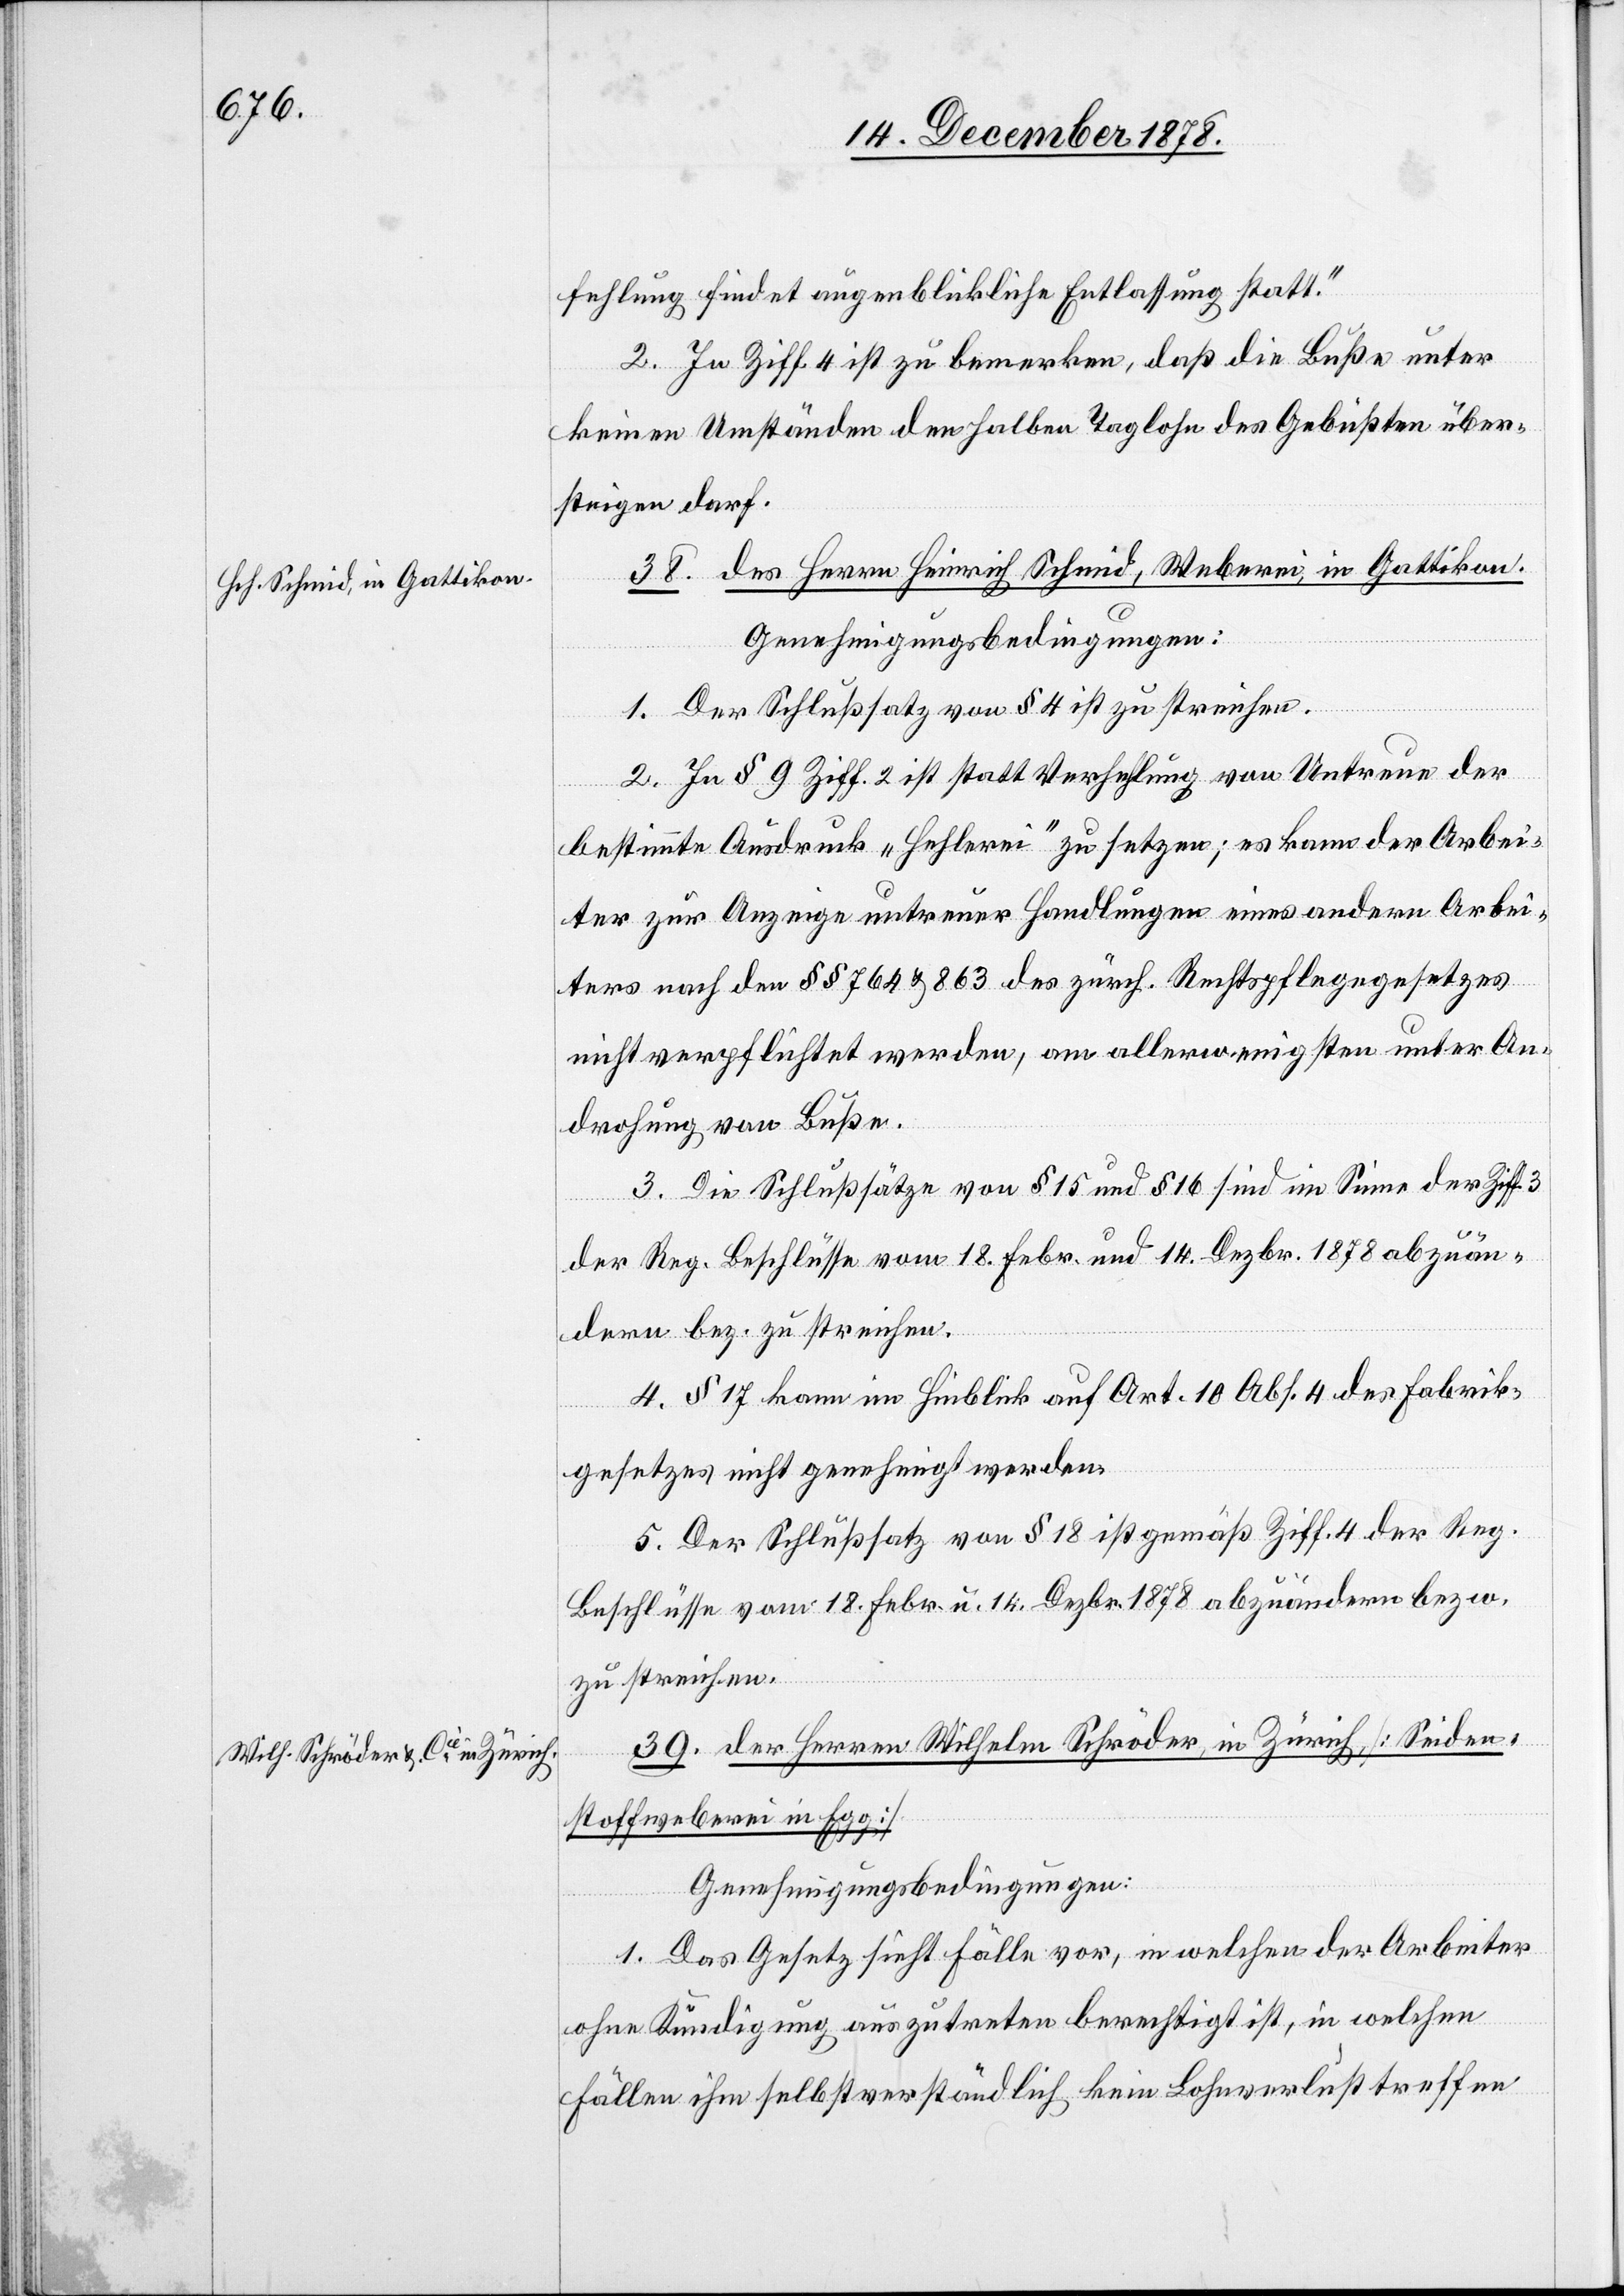
fehlung findet augenblickliche Entlassung statt.“
2. In Ziff. 4 ist zu bemerken, daß die Buße unter
keinen Umständen den halben Taglohn des Gebüßten über¬
steigen darf.
38. des Herren Heinrich Schmid, Weberei, in Gattikon.
Genehmigungsbedingungen:
1. Der Schlußsatz von § 4 ist zu streichen.
2. In § 9 Ziff. 2 ist statt Verhehlung von Untreue der
bestimmte Ausdruck „Hehlerei“ zu setzen; es kann der Arbei¬
ter zur Anzeige untreuer Handlungen eines andern Arbei¬
ters nach den §§ 764 & 863 des zürch. Rechtspflegegesetzes
nicht verpflichtet werden, am allerwenigsten unter An¬
drohung von Buße.
3. Die Schlusssätze von § 15 und § 16 sind im Sinne der Ziff.
der Reg. Beschlüsse vom 18. Febr. und 14. Dezbr. 1878 abzuän¬
dern bez. zu streichen.
4. § 17 kann im Hinblick auf Art. 10 Abs. 4 des Fabrik¬
kordnun¬
gesetzes nicht genehmigt werden.
5. Der Schlußsatz von § 18 ist gemäß Ziff. 4 der Reg.
Beschlüsse vom 18. Febr. u. 14. Dezbr. 1878 abzuändern bezw.
zu streichen.
39. des Herren Wilhelm Schröder, in Zürich, [Seiden¬
stoffweberei in Egg]
g.]
Genehmigungsbedingungen:
1. Das Gesetz sieht Fälle vor, in welchen der Arbeiter
ohne Kündigung auszutreten berechtigt ist, in welchen
Fällen ihn selbstverständlich kein Lohnverlust treffen